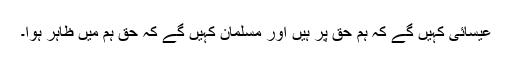
عیسائی کہیں گے کہ ہم حق پر ہیں اور مسلمان کہیں گے کہ حق ہم میں ظاہر ہوا۔